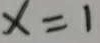
x = 1